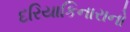
દરિયાકિનારાનો